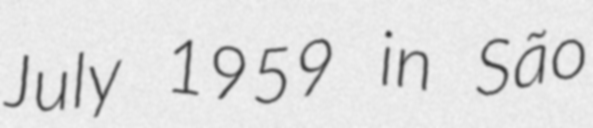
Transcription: July 1959 in São